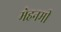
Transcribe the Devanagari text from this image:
मेहनमी